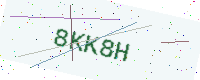
Text: 8KK8H